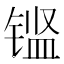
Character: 𮸖